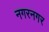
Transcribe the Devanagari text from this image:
नगरनगर